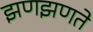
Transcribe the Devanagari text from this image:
झणझणते